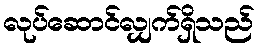
လုပ်ဆောင်လျှက်ရှိသည်